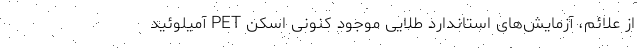
از علائم، آزمایش‌های استاندارد طلایی موجود کنونی اسکن PET آمیلوئید